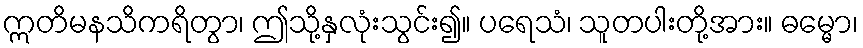
ဣတိမနသိကရိတွာ၊ ဤသို့နှလုံးသွင်း၍။ ပရေသံ၊ သူတပါးတို့အား။ ဓမ္မော၊